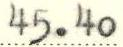
45.40